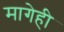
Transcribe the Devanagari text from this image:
मागेही